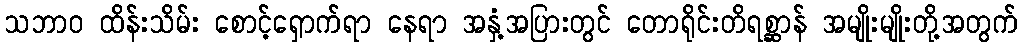
သဘာဝ ထိန်းသိမ်း စောင့်ရှောက်ရာ နေရာ အနှံ့အပြားတွင် တောရိုင်းတိရစ္ဆာန် အမျိုးမျိုးတို့အတွက်